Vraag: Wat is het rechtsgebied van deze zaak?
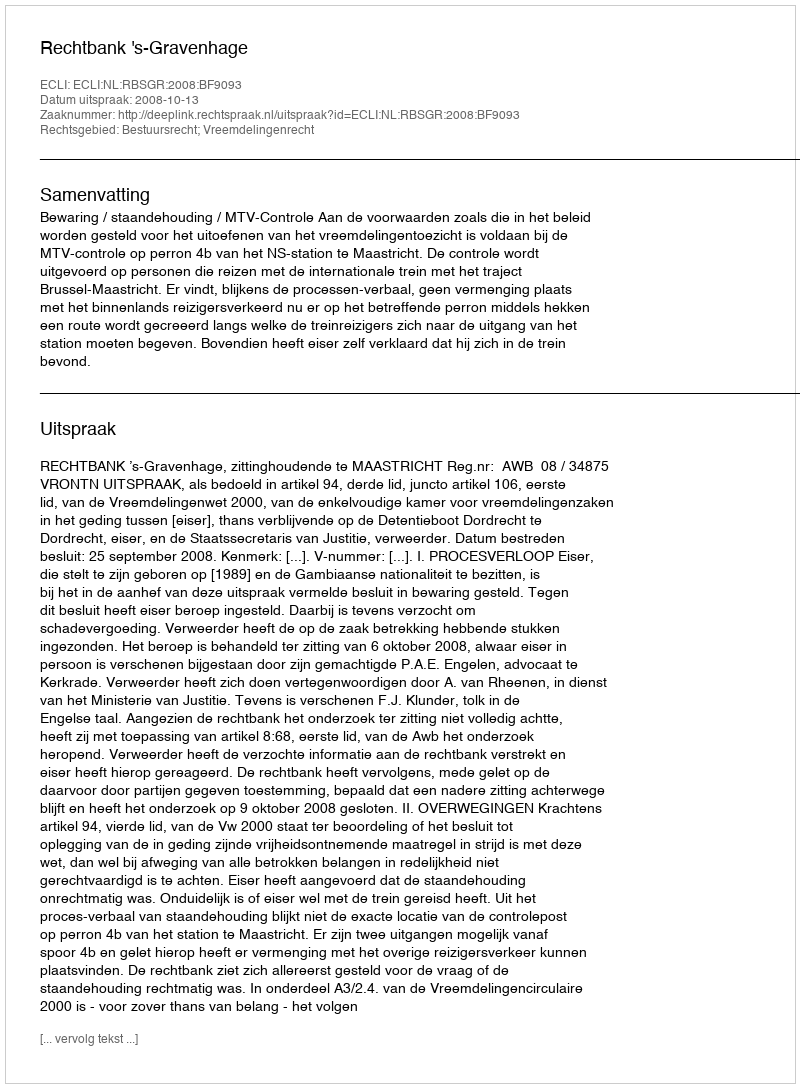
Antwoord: Bestuursrecht; Vreemdelingenrecht